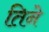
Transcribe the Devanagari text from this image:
तिनेे